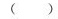
()